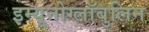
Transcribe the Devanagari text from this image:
इम्यूनोग्लॉबुलिन